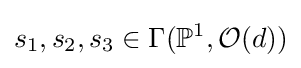
s_{1},s_{2},s_{3}\in \Gamma (\mathbb {P} ^{1},{\mathcal {O}}(d))